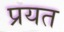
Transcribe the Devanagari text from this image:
प्रयत